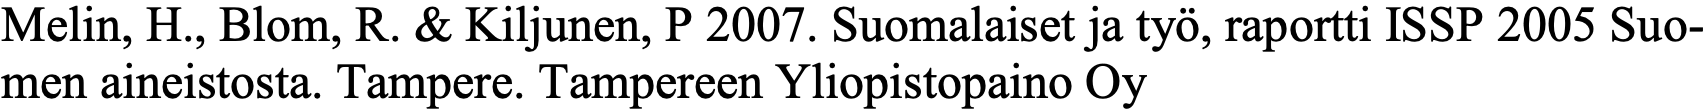
Melin, H., Blom, R. & Kiljunen, P 2007. Suomalaiset ja työ, raportti ISSP 2005 Suo- men aineistosta. Tampere. Tampereen Yliopistopaino Oy